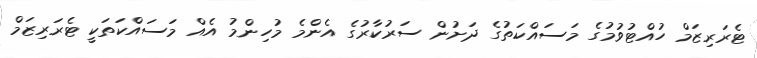
ޓެރަރިޒަމް ހުއްޓުވުމުގެ މަސައްކަތުގެ ދަށުން ސަރުކާރުގެ އެންމެ މުހިންމު އެއް މަސައްކަތަކީ ޓެރަރިޒަމް